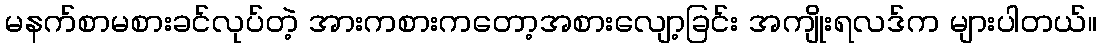
မနက်စာမစားခင်လုပ်တဲ့ အားကစားကတော့အစားလျော့ခြင်း အကျိုးရလဒ်က များပါတယ်။